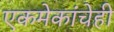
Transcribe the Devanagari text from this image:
एकमेकांचेही